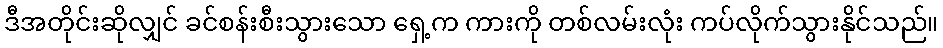
ဒီအတိုင်းဆိုလျှင် ခင်စန်းစီးသွားသော ရှေ့က ကားကို တစ်လမ်းလုံး ကပ်လိုက်သွားနိုင်သည်။